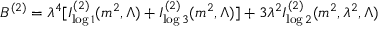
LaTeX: B ^ { ( 2 ) } = \lambda ^ { 4 } [ I _ { \log 1 } ^ { ( 2 ) } ( m ^ { 2 } , \Lambda ) + I _ { \log 3 } ^ { ( 2 ) } ( m ^ { 2 } , \Lambda ) ] + 3 \lambda ^ { 2 } I _ { \log 2 } ^ { ( 2 ) } ( m ^ { 2 } , \lambda ^ { 2 } , \Lambda )